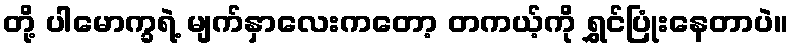
တို့ ပါမောက္ခရဲ့ မျက်နှာလေးကတော့ တကယ့်ကို ရွှင်ပြုံးနေတာပဲ။